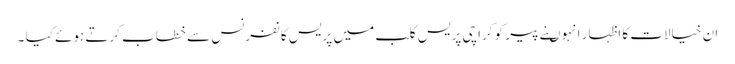
ان خیالات کا اظہار انہوںنے پیر کو کراچی پریس کلب میں پریس کانفرنس سے خطاب کرتے ہوئے کیا ۔